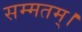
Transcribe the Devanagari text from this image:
सम्मतम्।